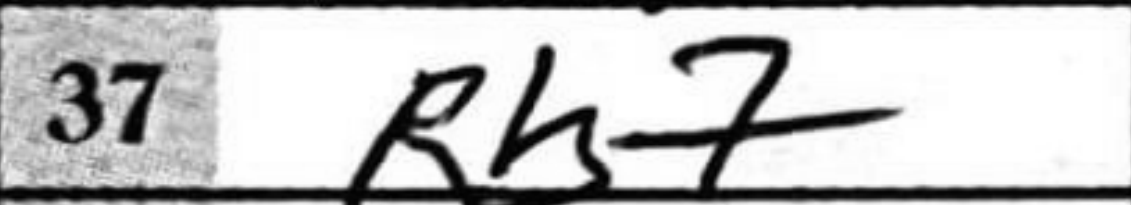
Transcription: Rh7